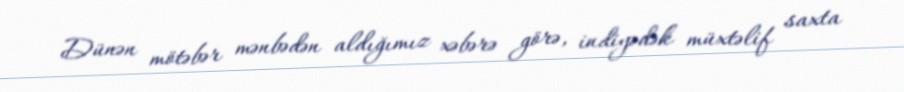
Dünən mötəbər mənbədən aldığımız xəbərə görə, indiyədək müxtəlif saxta